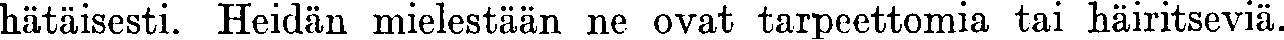
hätäisesti. Heidän mielestään ne ovat tarpeettomia tai häiritseviä.